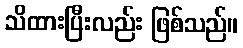
သိထားပြီးလည်း ဖြစ်သည်။